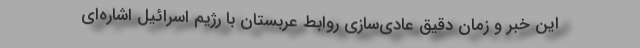
این خبر و زمان دقیق عادی‌سازی روابط عربستان با رژیم اسرائیل اشاره‌ای